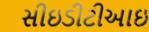
સીઇડીટીઆઇ